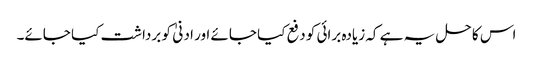
اس کا حل یہ ہے کہ زیادہ برائی کو دفع کیا جائے اور ادنیٰ کو برداشت کیا جائے۔